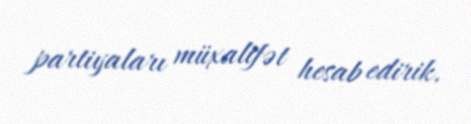
partiyaları müxalifət hesab edirik.